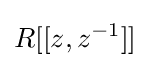
R[[z,z^{-1}]]